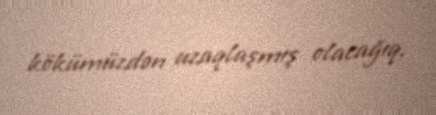
kökümüzdən uzaqlaşmış olacağıq.